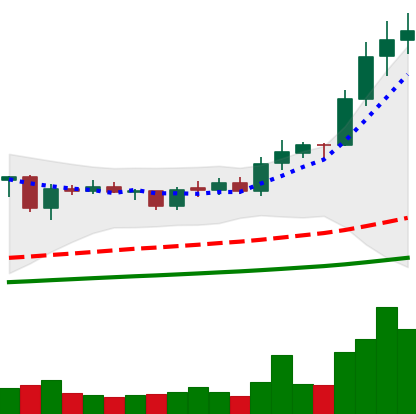
Ticker: ADA-USD
Chart end date: 2021-02-08
Forward return: 32.704%
Label: up_7plus